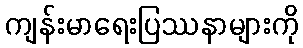
ကျန်းမာရေးပြဿနာများကို